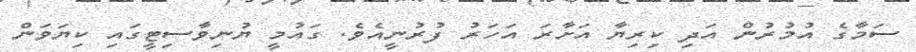
ސަމާގެ އުމުރުން އަދި ކިރިޔާ އަށާރަ އަހަރު ފުރުނީއެވެ. ގައުމީ ޔުނިވާސިޓީގައި ކިޔަވަން